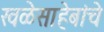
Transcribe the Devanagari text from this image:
खळेसाहेबांचे